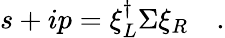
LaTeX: s+ip=\xi_{L}^{\dagger}\Sigma\xi_{R}\quad.